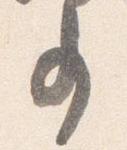
事